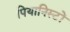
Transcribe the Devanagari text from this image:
पियानिस्टों